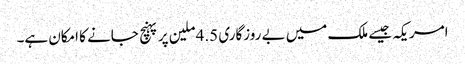
امریکہ جیسے ملک میں بے روزگاری 4.5 ملین پر پہنچ جانے کا امکان ہے۔